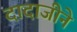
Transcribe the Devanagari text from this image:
दादाजीने